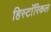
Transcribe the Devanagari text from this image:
हिस्टाॅरिकल